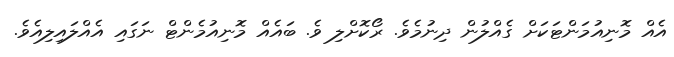
އެއް މޮނިއުމަންޓަކަށް ގެއްލުން ދިނުމެވެ. ރޯކޮށްލި ވެ. ބައެއް މޮނިއުމެންޓް ނަގައި އެއްލައިލިއެވެ.